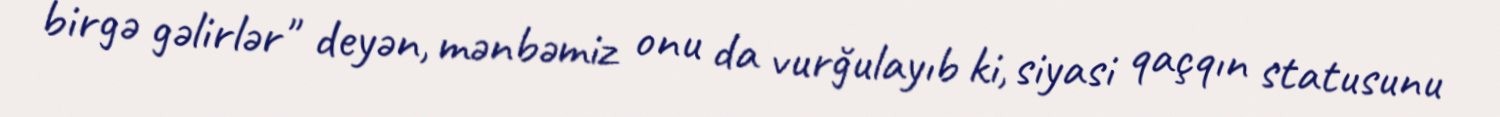
birgə gəlirlər" deyən, mənbəmiz onu da vurğulayıb ki, siyasi qaçqın statusunu